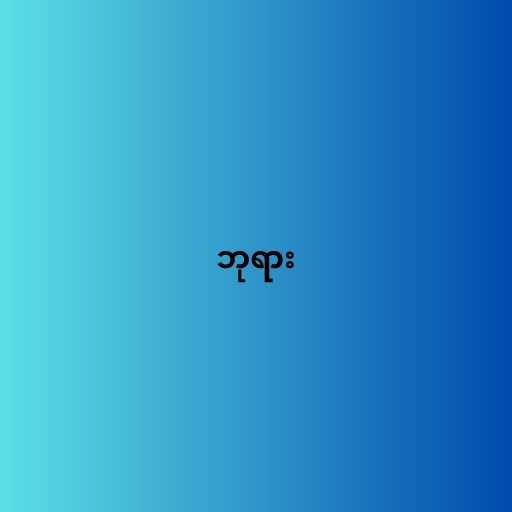
ဘုရား